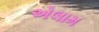
એલામ